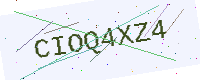
Text: CIOQ4XZ4